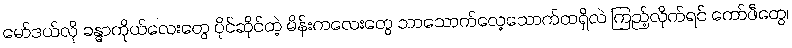
မော်ဒယ်လို ခန္ဓာကိုယ်လေးတွေ ပိုင်ဆိုင်တဲ့ မိန်းကလေးတွေ ဘာသောက်လေ့သောက်ထရှိလဲ ကြည့်လိုက်ရင် ကော်ဖီတွေ၊